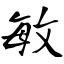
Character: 敏